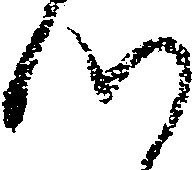
つ